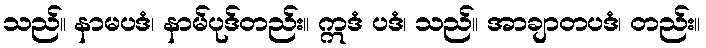
သည်။ နာမပဒံ၊ နာမ်ပုဒ်တည်း။ ဣဒံ ပဒံ၊ သည်။ အာချာတပဒံ၊ တည်း။